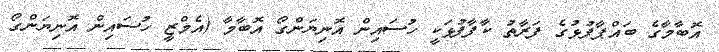
އޮބާމާގެ ބައްޕާފުޅުގެ ފަރާތު ކާފާފުޅަކީ ހުސައިން އޮނިޔަންގޯ އޮބާމާ (އެމްޒީ ހުސައިން އޮނިޔަންގޯ